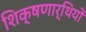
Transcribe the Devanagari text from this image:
शिक्षणार्थियों